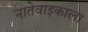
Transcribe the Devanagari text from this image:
नातेवाइकाला